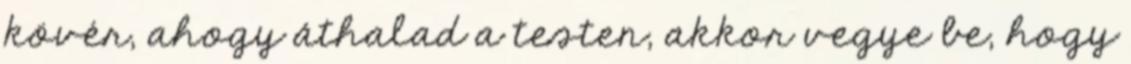
kövér, ahogy áthalad a testen, akkor vegye be, hogy